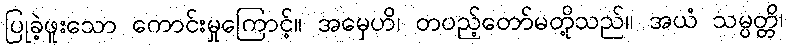
ပြုခဲ့ဖူးသော ကောင်းမှုကြောင့်။ အမှေဟိ၊ တပည့်တော်မတို့သည်။ အယံ သမ္ပတ္တိ၊